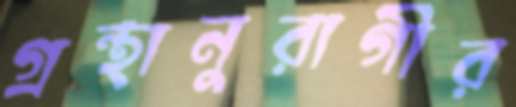
গ্রন্থানুরাগীর